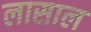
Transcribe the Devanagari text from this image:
लासाल